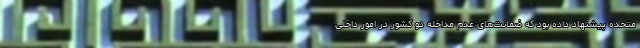
متحده پیشنهاد داده بود که ضمانت‌های عدم مداخله دو کشور در امور داخلی